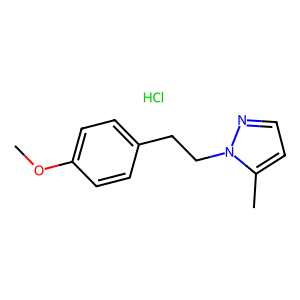
SMILES: COc1ccc(CCn2nccc2C)cc1.Cl
Inhibits HIV replication: No